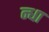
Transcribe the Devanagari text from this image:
न्धा